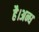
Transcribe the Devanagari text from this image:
है।अन्ध